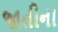
જાતીના